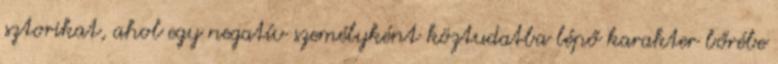
sztorikat, ahol egy negatív személyként köztudatba lépő karakter bőrébe